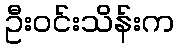
ဦးဝင်းသိန်းက